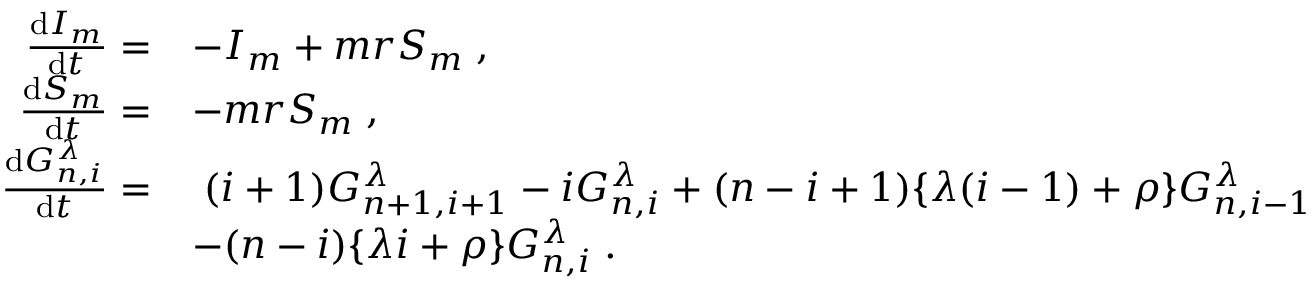
\begin{array} { r l } { \frac { \mathrm { d } I _ { m } } { \mathrm { d } t } = } & { - I _ { m } + m r S _ { m } \; , } \\ { \frac { \mathrm { d } S _ { m } } { \mathrm { d } t } = } & { - m r S _ { m } \; , } \\ { \frac { \mathrm { d } G _ { n , i } ^ { \lambda } } { \mathrm { d } t } = } & { \; ( i + 1 ) G _ { n + 1 , i + 1 } ^ { \lambda } - i G _ { n , i } ^ { \lambda } + ( n - i + 1 ) \lbrace \lambda ( i - 1 ) + \rho \rbrace G _ { n , i - 1 } ^ { \lambda } } \\ & { - ( n - i ) \lbrace \lambda i + \rho \rbrace G _ { n , i } ^ { \lambda } \; . } \end{array}